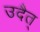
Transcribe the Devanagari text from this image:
उदैत्